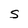
Character: S